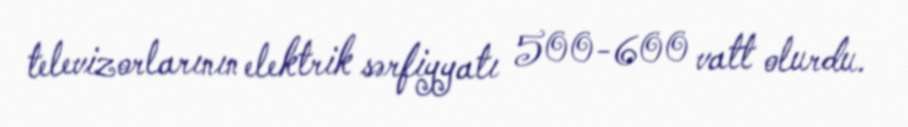
televizorlarının elektrik sərfiyyatı 500-600 vatt olurdu.